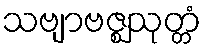
သဗျာဗဇ္ဈသုတ္တံ